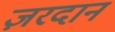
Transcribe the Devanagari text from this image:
ज़रदान